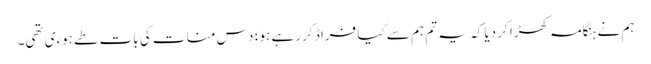
ہم نے ہنگامہ کھڑا کر دیا کہ یہ تم ہم سے کیا فراڈ کر رہے ہو؛ دس منات کی بات طے ہوءی تھی۔